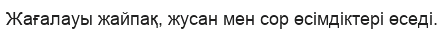
Жағалауы жайпақ, жусан мен сор өсімдіктері өседі.